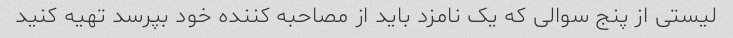
لیستی از پنج سوالی که یک نامزد باید از مصاحبه کننده خود بپرسد تهیه کنید